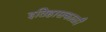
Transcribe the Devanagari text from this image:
इतिहासकाळी